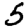
Digit: 5